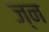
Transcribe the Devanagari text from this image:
ज्न